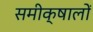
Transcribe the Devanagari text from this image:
समीक्षालों